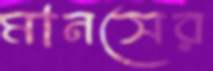
মানসের